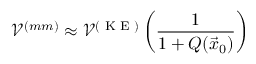
\mathcal { V } ^ { ( m m ) } \approx \mathcal { V } ^ { ( \textrm { K E } ) } \left( \frac { 1 } { 1 + Q ( \vec { x } _ { 0 } ) } \right)